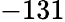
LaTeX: -131